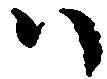
ハ